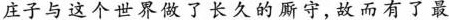
庄子与这个世界做了长久的厮守，故而有了最